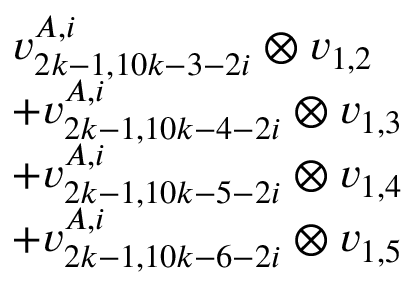
\begin{array} { r l } & { v _ { 2 k - 1 , 1 0 k - 3 - 2 i } ^ { A , i } \otimes v _ { 1 , 2 } } \\ & { + v _ { 2 k - 1 , 1 0 k - 4 - 2 i } ^ { A , i } \otimes v _ { 1 , 3 } } \\ & { + v _ { 2 k - 1 , 1 0 k - 5 - 2 i } ^ { A , i } \otimes v _ { 1 , 4 } } \\ & { + v _ { 2 k - 1 , 1 0 k - 6 - 2 i } ^ { A , i } \otimes v _ { 1 , 5 } } \end{array}